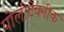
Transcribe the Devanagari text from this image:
पोलीटेक्नीक